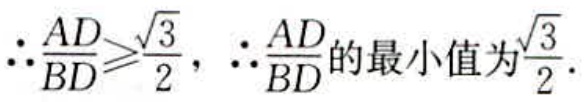
\(\therefore\frac{AD}{BD}\geqslant\frac{\sqrt{3}}{2},\ \therefore\frac{AD}{BD}\text{的最小值为}\frac{\sqrt{3}}{2}.\)